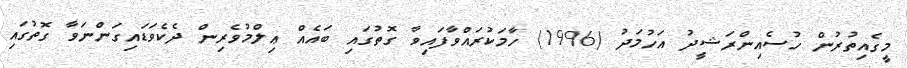
މީގެއިތުރުން ހުސެއިންރަޝީދު އަހުމަދު (1996) ހާމަކުރައްވާފައިވާ ގޮތުގައި ބައެއް ޢިލްމުވެރިން ދެކެވަޑައިގަންނަވާ ގޮތުގައި